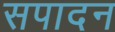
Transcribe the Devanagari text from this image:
सपादन